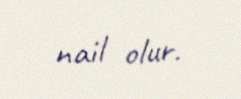
nail olur.